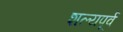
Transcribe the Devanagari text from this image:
शल्यपूर्व